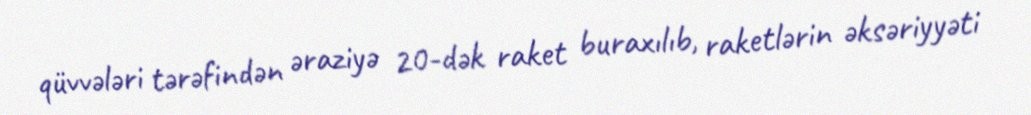
qüvvələri tərəfindən əraziyə 20-dək raket buraxılıb, raketlərin əksəriyyəti